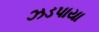
ઝડપાયા